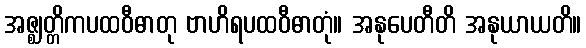
အဇ္ဈတ္တိကပထဝီဓာတု ဗာဟိရပထဝီဓာတုံ။ အနုပေတီတိ အနုယာယတိ။